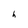
Character: h